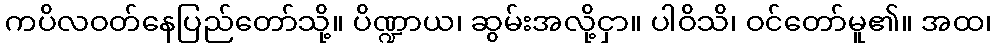
ကပိလဝတ်နေပြည်တော်သို့။ ပိဏ္ဍာယ၊ ဆွမ်းအလို့ငှာ။ ပါဝိသိ၊ ဝင်တော်မူ၏။ အထ၊